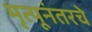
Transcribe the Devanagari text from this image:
मृत्यूनंतरचे